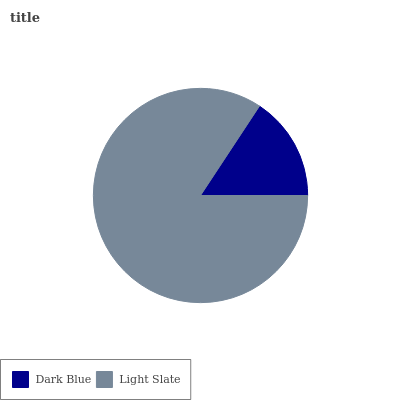
| Dark Blue | Light Slate |
 | --- | --- |
 | 15.7% | 84.3% |